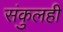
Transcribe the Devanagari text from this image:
संकुलही